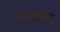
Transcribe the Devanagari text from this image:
लावाय